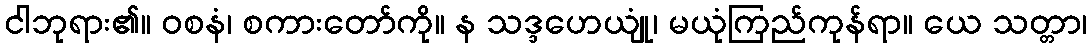
ငါဘုရား၏။ ဝစနံ၊ စကားတော်ကို။ န သဒ္ဒဟေယျုံ၊ မယုံကြည်ကုန်ရာ။ ယေ သတ္တာ၊